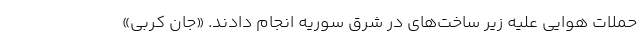
حملات هوایی علیه زیر ساخت‌های در شرق سوریه انجام دادند. «جان کربی»